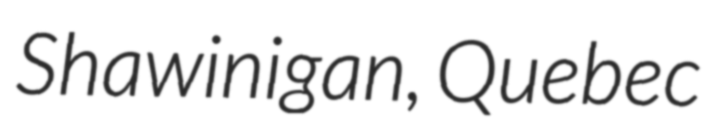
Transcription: Shawinigan, Quebec